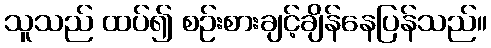
သူသည် ထပ်၍ စဉ်းစားချင့်ချိန်နေပြန်သည်။